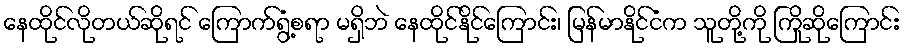
နေထိုင်လိုတယ်ဆိုရင် ကြောက်ရွံ့စရာ မရှိဘဲ နေထိုင်နိုင်ကြောင်း၊ မြန်မာနိုင်ငံက သူတို့ကို ကြိုဆိုကြောင်း